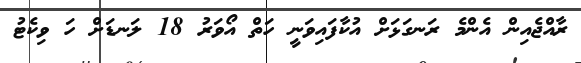
ރާއްޖެއިން އެންމެ ރަނގަޅަށް އުކާފައިވަނީ ހަތް އޯވަރު 18 ލަނޑަށް ހަ ވިކެޓު